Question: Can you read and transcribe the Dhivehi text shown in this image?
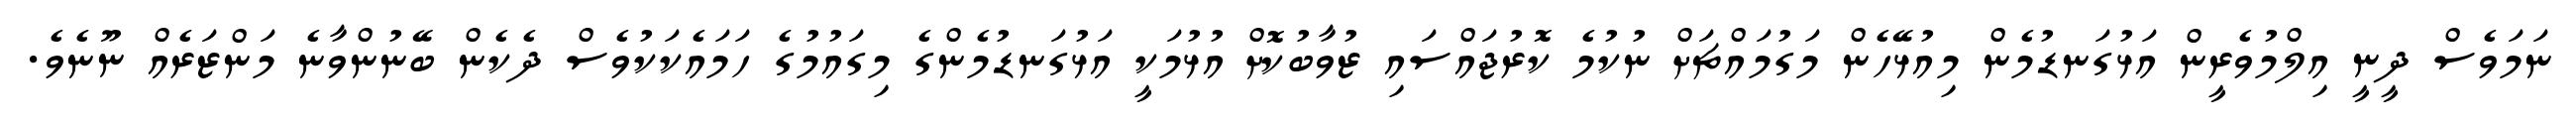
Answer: ނަމަވެސް ދީނީ އިލްމުވެރީން އަޅުގަނޑުމެން މިއުޅޭހެން މަގުމައްޗަށް ނުކުމެ ކޮރުޖައްސައި ޒުވާބުކޮށް އުޅުމަކީ އަޅުގަނޑުމެންގެ މިގައުމުގެ ހަމައެކަކުވެސް ދެކެން ބޭނުންވާނެ މަންޒަރެއް ނޫނެވެ.